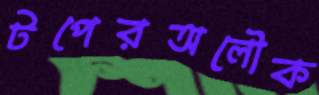
টপেরঅলৌক